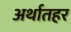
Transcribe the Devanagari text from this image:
अर्थातहर